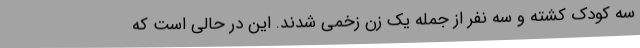
سه کودک کشته و سه نفر از جمله یک زن زخمی شدند. این در حالی است که